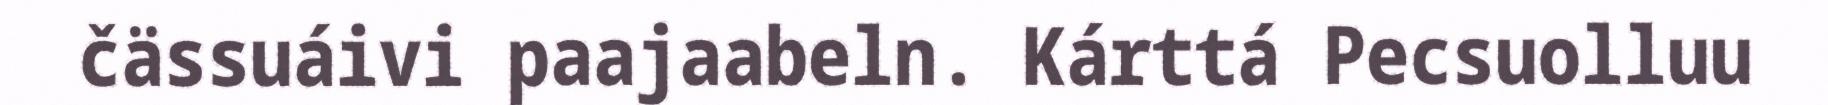
čässuáivi paajaabeln. Kárttá Pecsuolluu